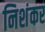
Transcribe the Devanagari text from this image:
निशंकर